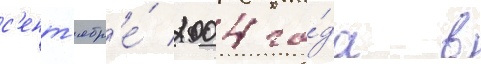
с'ент'ябр'е́ 2004 го́да в